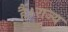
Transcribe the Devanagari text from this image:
है।राज्य